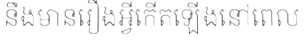
នឹងមានរឿងអ្វីកើតឡើងនៅពេល